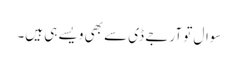
سوال تو آر جے ڈی سے بھی ویسے ہی ہیں۔